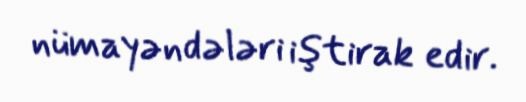
nümayəndələri iştirak edir.